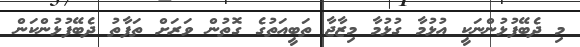
މި ދެބޭފުޅުންނަކީ އުޅުމާ ގުޅުމާ މިޒާޖާ ތަބީއަތުގެ ގޮތުން ވަރަށް ތަފާތު ދެބޭފުޅުންކަން